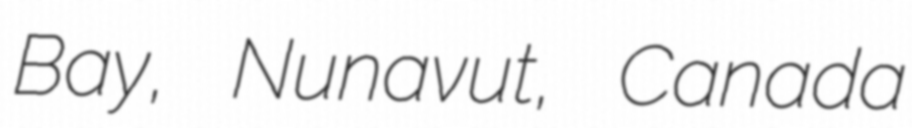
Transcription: Bay, Nunavut, Canada